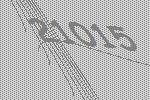
21015